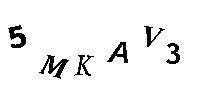
5MKAV3